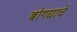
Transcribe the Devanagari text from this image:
बोगद्याचे